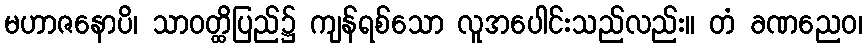
မဟာဇနောပိ၊ သာဝတ္ထိပြည်၌ ကျန်ရစ်သော လူအပေါင်းသည်လည်း။ တံ ခဏညေဝ၊